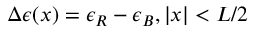
\Delta \epsilon ( x ) = \epsilon _ { R } - \epsilon _ { B } , | x | < L / 2